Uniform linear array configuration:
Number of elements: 12
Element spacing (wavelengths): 0.5
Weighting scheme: kaiser
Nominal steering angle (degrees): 15
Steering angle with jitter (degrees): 15.131
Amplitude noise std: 0.05
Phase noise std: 0.05

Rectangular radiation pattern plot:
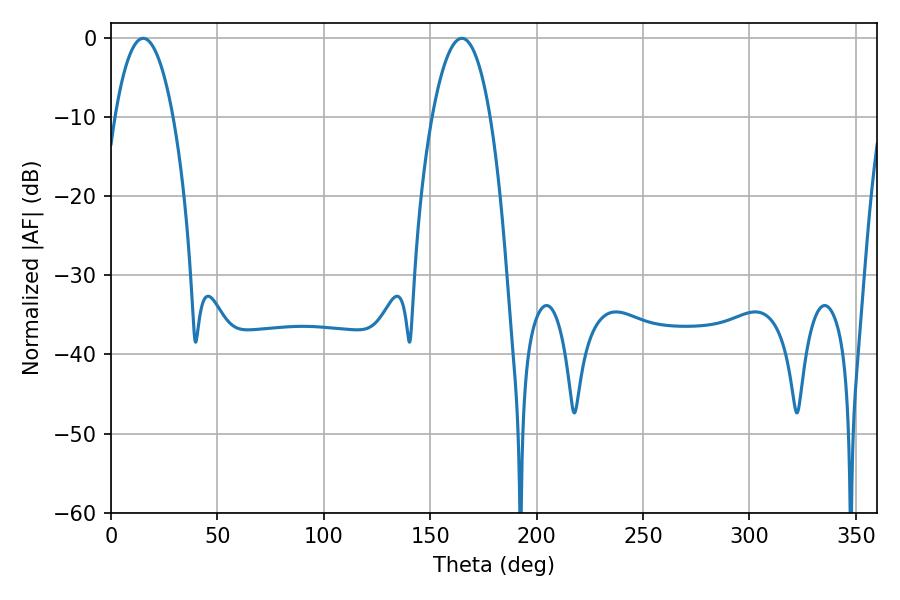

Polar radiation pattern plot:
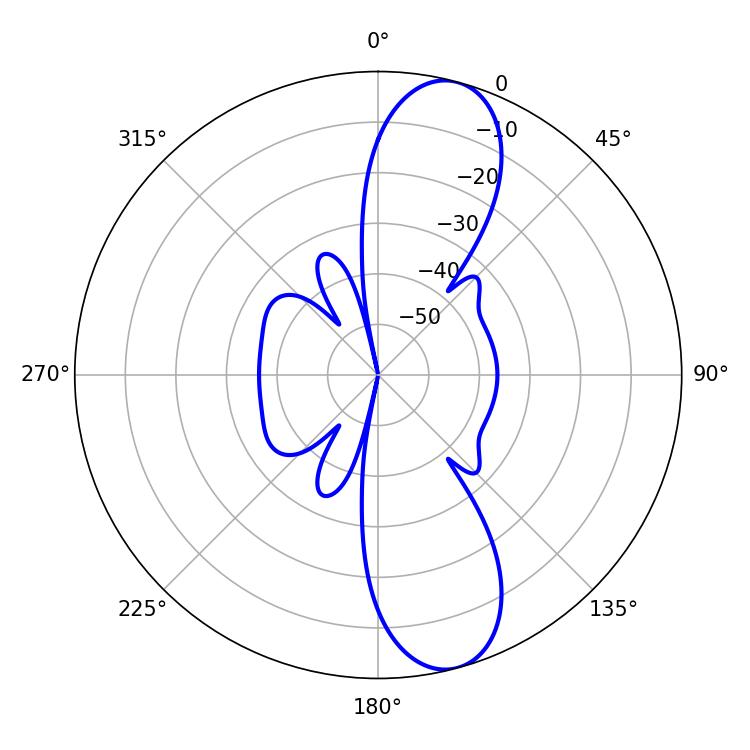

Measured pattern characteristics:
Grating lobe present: FALSE
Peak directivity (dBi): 11.302
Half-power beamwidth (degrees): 15.12
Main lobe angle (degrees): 15.12